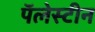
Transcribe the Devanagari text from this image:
पॅलेस्टीन